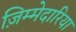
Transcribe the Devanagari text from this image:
ज़िम्मेदारिया